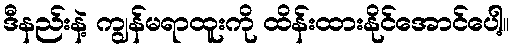
ဒီနည်းနဲ့ ကျွန်မရာထူးကို ထိန်းထားနိုင်အောင်ပေါ့။